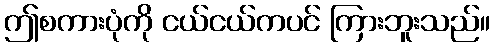
ဤစကားပုံကို ငယ်ငယ်ကပင် ကြားဘူးသည်။